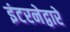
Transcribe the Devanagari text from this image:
इंटरनेद्वारे